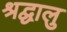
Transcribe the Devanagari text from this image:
श्रद्घालु